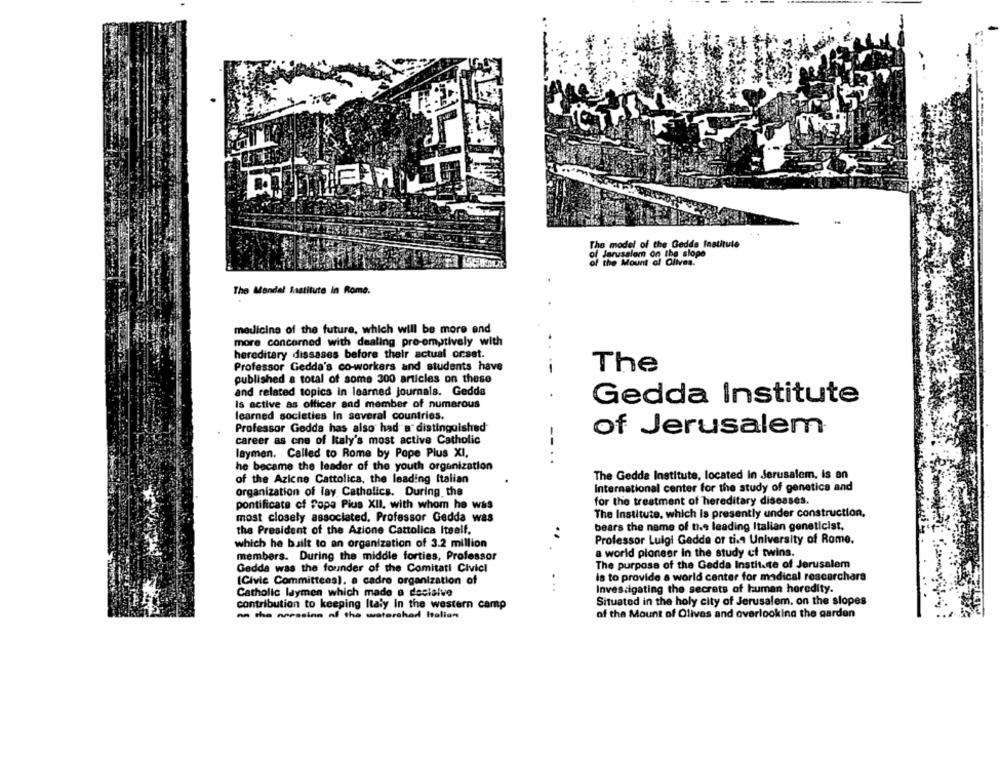
IL
The model of the Gedda Institule
of Jerusalem on the slope
of the Mount of Olives.
The Mandel Institute in Rome.
medicine of the future, which will be more end
more concerned with dealing pre-emptively with
hereditary dissases before their actual orset.
Professor Gedda's co-workers and students have
--
The
published a total of some 300 articles on these
and related topics in learned journals. Gedda
.
Is active as officer and member of numerous
Gedda Institute
learned societies In several countries.
Professor Gedda has also had a distinguished
of Jerusalem
career as one of Italy's most active Catholic
laymen. Called to Rome by Pope Plus XI,
--..
he became the leader of the youth organization
of the Azicne Cattolica, the leading Italian
The Gedda Institute, located in Jerusalem, is an
organization of lay Catholics. During the
International center for the study of genetics and
for the treatment of hereditary diseases.
pontificate of Pope Pius XII. with whom he was
most closely associated. Professor Gedda was
The Institute, which is presently under construction,
the President of the Azione Cattolica Itself.
bears the name of the leading Italian geneticist.
Professor Luigi Gedda or tis University of Rome.
which he built to an organization of 3.2 million
.. .
members. During the middle forties, Professor
a world pioneer in the study of twins.
Gedda was the founder of the Comitati Civicl
The purpose of the Gedda Institute of Jerusalem
la to provide a world center for madical researchara
(Civic Committees), a cadre organization of
Catholic laymen which made a decisive
...
Investigating the secrets of human heredity.
contribution to keeping Italy in the western camp
Situated in the holy city of Jerusalem. on the slopes
nn the areasins nf the watershed Italian
of the Mount of Olivas and overlooking the garden